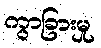
ကွာခြားမှု